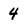
Character: 4